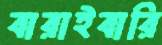
বারাইবারি